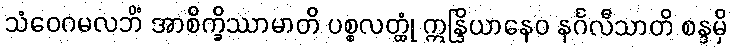
သံဝေဂမလဘိံ အာစိက္ခိဿာမာတိ ပစ္စလတ္ထုံ ဣန္ဒြိယာနေဝ နင်္ဂလီသာတိ စန္ဒမှိ